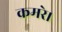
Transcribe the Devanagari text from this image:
कमरे।